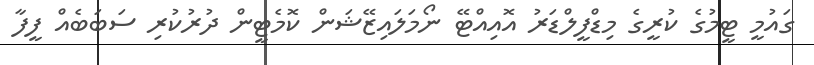
ގައުމީ ޓީމުގެ ކުރީގެ މިޑްފީލްޑަރު އޮއިއްޓޭ ނޯމަލައިޒޭޝަން ކޮމެޓީން ދުރުކުރި ސަބަބެއް ފީފާ